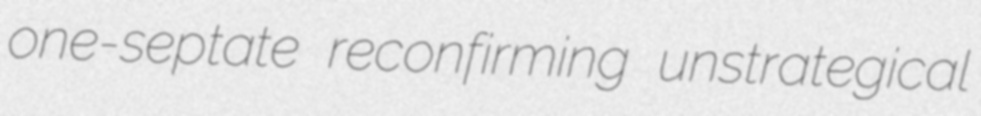
one-septate reconfirming unstrategical